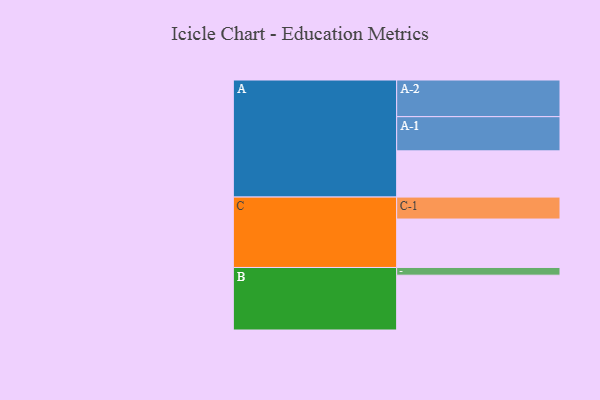
{"axis": {"x": "Segment", "y": "Value"}, "legend": ["", "A", "B", "C"], "data": [{"x": "A", "y": 377, "type": ""}, {"x": "B", "y": 447, "type": ""}, {"x": "C", "y": 395, "type": ""}, {"x": "A-1", "y": 279, "type": "A"}, {"x": "A-2", "y": 299, "type": "A"}, {"x": "B-1", "y": 63, "type": "B"}, {"x": "C-1", "y": 179, "type": "C"}]}